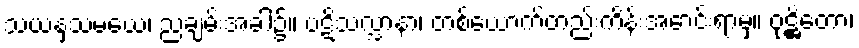
သယနှသမယေ၊ ညချမ်းအခါ၌။ ပဋိသလ္လာနာ၊ တစ်ယောက်တည်းကိန်းအောင်းရာမှ။ ဝုဋ္ဌိတော၊